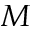
M